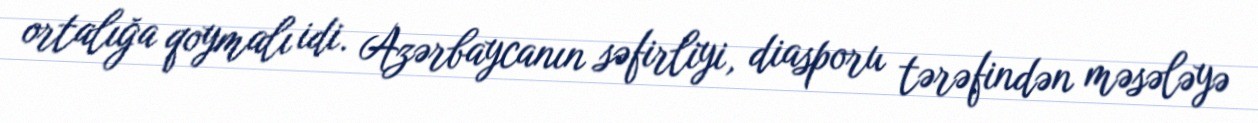
ortalığa qoymalı idi. Azərbaycanın səfirliyi, diasporu tərəfindən məsələyə